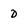
Character: D